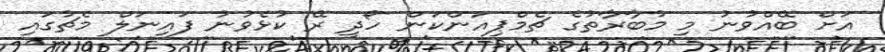
އަށް ބޭއްވުނު މި މުބާރާތުގެ ޗެމްޕިއަންކަން ހޯދީ ރޭ ކުޅެވުނު ފައިނަލް މެޗުގައި